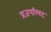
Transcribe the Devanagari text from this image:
प्रजपरिषद